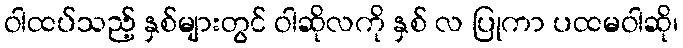
ဝါထပ်သည့် နှစ်များတွင် ဝါဆိုလကို နှစ် လ ပြုကာ ပထမဝါဆို၊